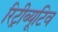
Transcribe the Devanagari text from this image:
रिट्रीब्यूटिव